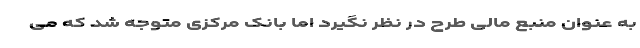
به عنوان منبع مالی طرح در نظر نگیرد اما بانک مرکزی متوجه شد که می